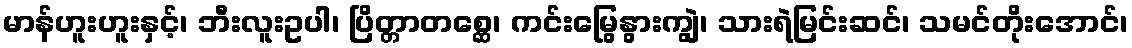
မာန်ဟူးဟူးနှင့်၊ ဘီးလူးဥပါ၊ ပြိတ္တာတစ္ဆေ၊ ကင်းမြွေနွားကျွဲ၊ သားရဲမြင်းဆင်၊ သမင်တိုးအောင်၊